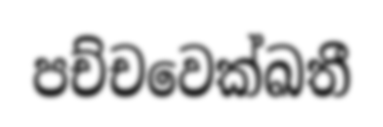
පච්චවෙක්ඛතී